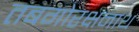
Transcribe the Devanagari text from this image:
तबगोरक्षनाथ